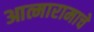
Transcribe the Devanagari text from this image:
आत्मारामाचे